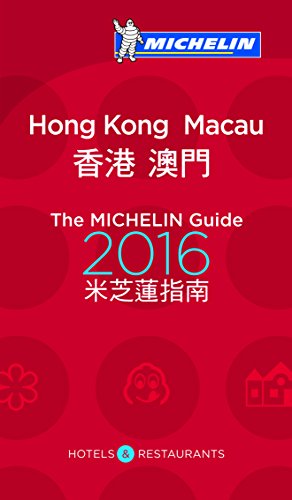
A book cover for MICHELIN Guide Hong Kong & Macau 2016: Restaurants & Hotels (Michelin Guide/Michelin); Michelin; Travel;